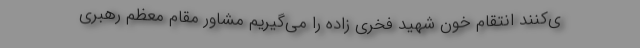
ی‌کنند انتقام خون شهید فخری زاده را می‌گیریم مشاور مقام معظم رهبری